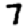
Digit: 7